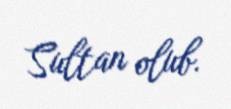
Sultan olub.